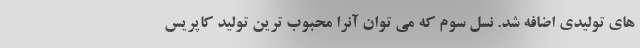
های تولیدی اضافه شد. نسل سوم که می توان آنرا محبوب ترین تولید کاپریس